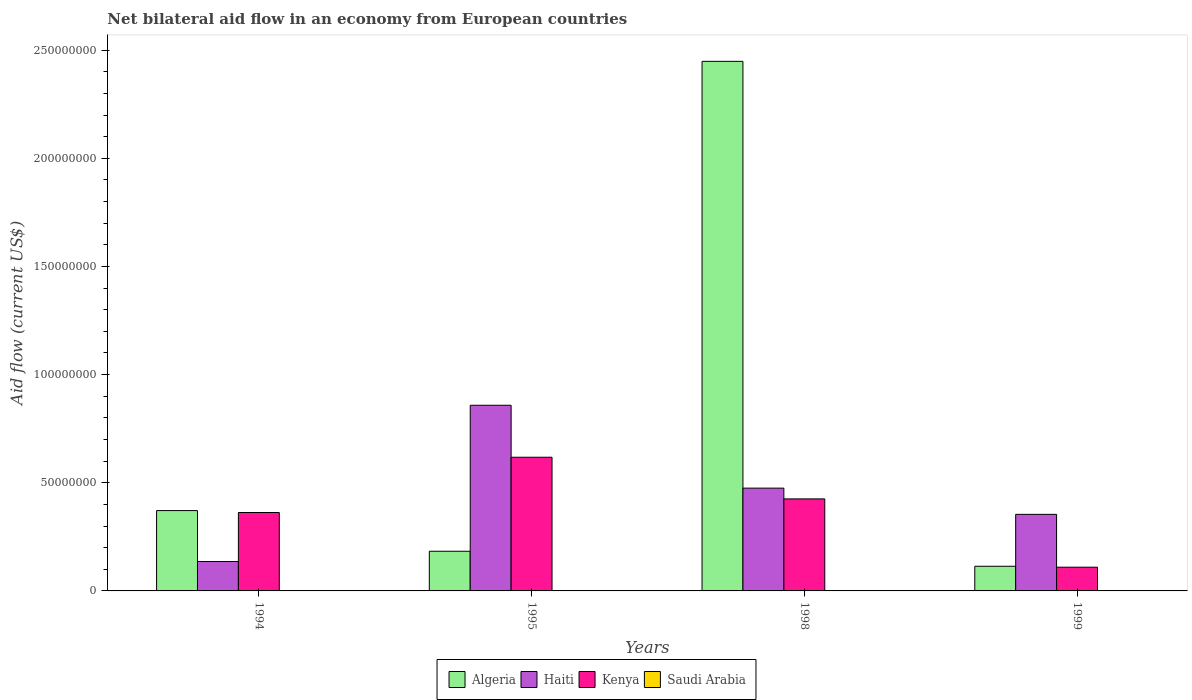
| Years | Algeria | Haiti | Kenya | Saudi Arabia |
 | --- | --- | --- | --- | --- |
 | 1994 | 3.71e+07 | 1.36e+07 | 3.62e+07 | 1.1e+05 |
 | 1995 | 1.83e+07 | 8.58e+07 | 6.18e+07 | 1.6e+05 |
 | 1998 | 2.45e+08 | 4.75e+07 | 4.25e+07 | 1e+04 |
 | 1999 | 1.14e+07 | 3.54e+07 | 1.1e+07 | 8e+04 |